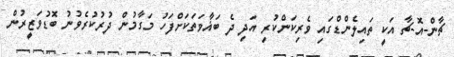
ޗާން-އޮ-ޗާ އަކީ ތައިލެންޑްގައި ވެރިކަންކުރި އަދި ދެ ބަޣާވަތަކަށްފަހު މަގާމުން ދުރުކުރެވުނު ބޮޑުވަޒީރުން